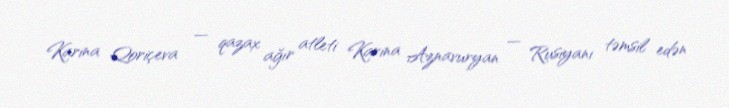
Karina Qoriçeva — qazax ağır atleti Karina Aznavuryan — Rusiyanı təmsil edən